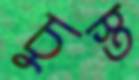
চুস্ত